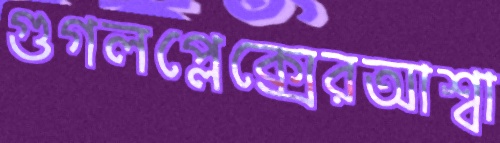
গুগলপ্লেক্সেরআশ্বা